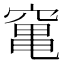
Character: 𥧄